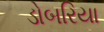
ડોબરિયા